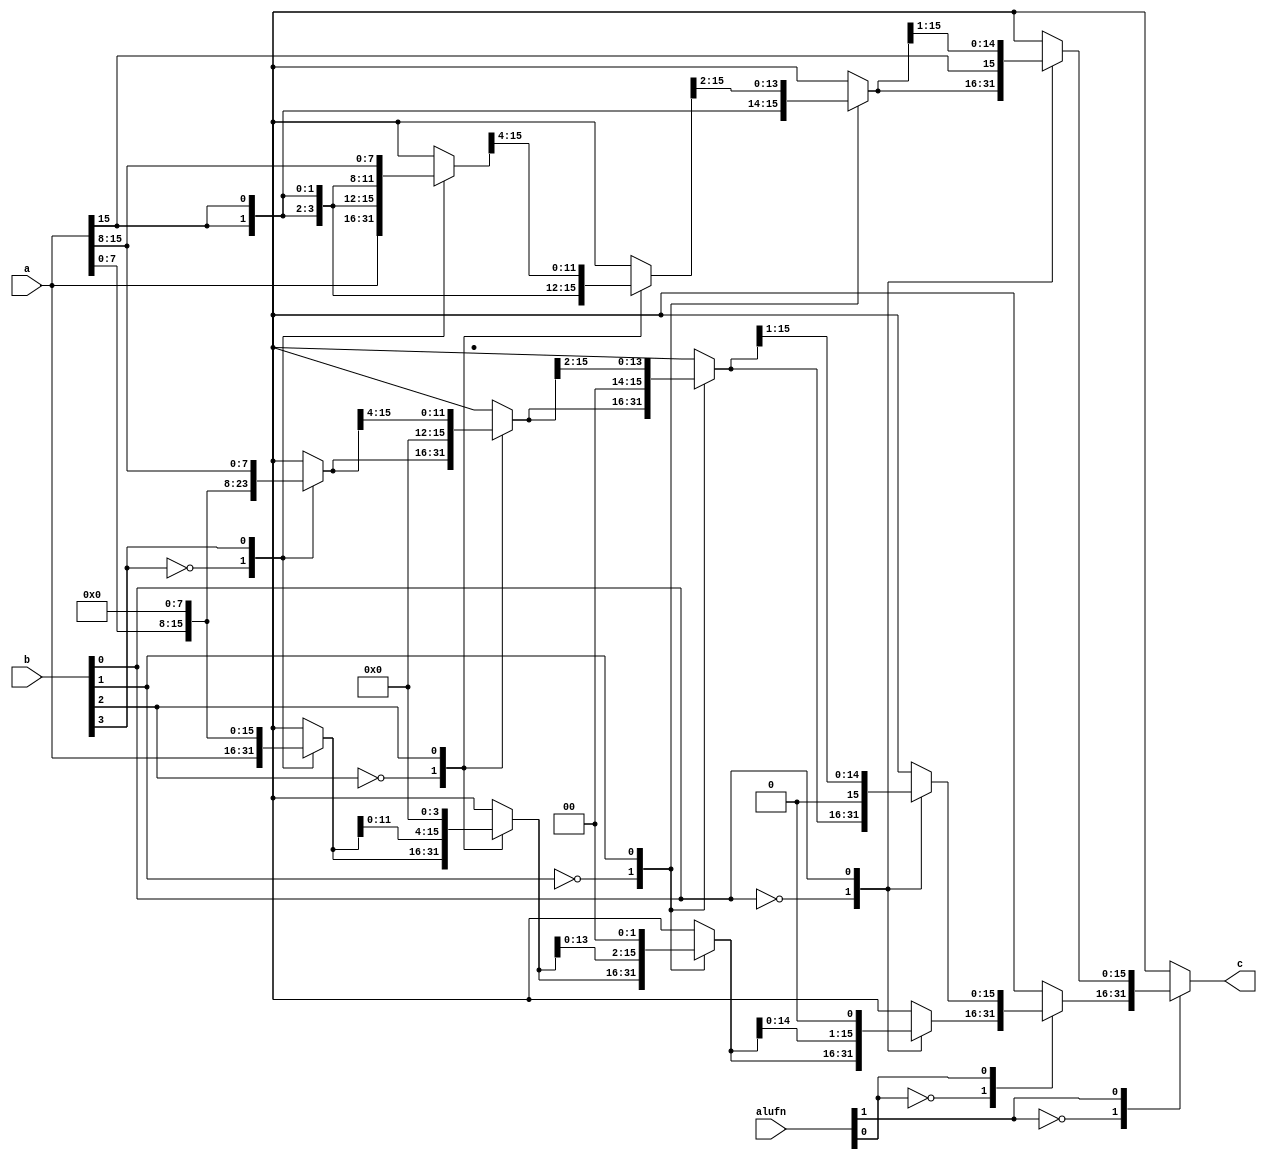
/*
   This file was generated automatically by Alchitry Labs version 1.2.1.
   Do not edit this file directly. Instead edit the original Lucid source.
   This is a temporary file and any changes made to it will be destroyed.
*/

module shift_2 (
    input [5:0] alufn,
    input [15:0] a,
    input [3:0] b,
    output reg [15:0] c
  );
  
  
  
  reg [15:0] w_shl;
  reg [15:0] x_shl;
  reg [15:0] y_shl;
  reg [15:0] z_shl;
  reg [15:0] w_shr;
  reg [15:0] x_shr;
  reg [15:0] y_shr;
  reg [15:0] z_shr;
  reg [15:0] w_sha;
  reg [15:0] x_sha;
  reg [15:0] y_sha;
  reg [15:0] z_sha;
  
  always @* begin
    w_shl = 16'h0000;
    x_shl = 16'h0000;
    y_shl = 16'h0000;
    z_shl = 16'h0000;
    w_shr = 16'h0000;
    x_shr = 16'h0000;
    y_shr = 16'h0000;
    z_shr = 16'h0000;
    w_sha = 16'h0000;
    x_sha = 16'h0000;
    y_sha = 16'h0000;
    z_sha = 16'h0000;
    c = 16'h0000;
    
    case (b[3+0-:1])
      1'h0: begin
        w_shl = a;
        w_shr = a;
        w_sha = a;
      end
      1'h1: begin
        w_shl = {a[0+7-:8], 8'h00};
        w_shr = {8'h00, a[8+7-:8]};
        w_sha = {{4'h8{a[15+0-:1]}}, a[8+7-:8]};
      end
    endcase
    
    case (b[2+0-:1])
      1'h0: begin
        x_shl = w_shl;
        x_shr = w_shr;
        x_sha = w_sha;
      end
      1'h1: begin
        x_shl = {w_shl[0+11-:12], 4'h0};
        x_shr = {4'h0, w_shr[4+11-:12]};
        x_sha = {{3'h4{a[15+0-:1]}}, w_sha[4+11-:12]};
      end
    endcase
    
    case (b[1+0-:1])
      1'h0: begin
        y_shl = x_shl;
        y_shr = x_shr;
        y_sha = x_sha;
      end
      1'h1: begin
        y_shl = {x_shl[0+13-:14], 2'h0};
        y_shr = {2'h0, x_shr[2+13-:14]};
        y_sha = {{2'h2{a[15+0-:1]}}, x_sha[2+13-:14]};
      end
    endcase
    
    case (b[0+0-:1])
      1'h0: begin
        z_shl = y_shl;
        z_shr = y_shr;
        z_sha = y_sha;
      end
      1'h1: begin
        z_shl = {y_shl[0+14-:15], 1'h0};
        z_shr = {1'h0, y_shr[1+14-:15]};
        z_sha = {a[15+0-:1], y_sha[1+14-:15]};
      end
    endcase
    
    case (alufn[1+0-:1])
      1'h0: begin
        
        case (alufn[0+0-:1])
          1'h0: begin
            c = z_shl;
          end
          1'h1: begin
            c = z_shr;
          end
        endcase
      end
      1'h1: begin
        c = z_sha;
      end
    endcase
  end
endmodule